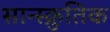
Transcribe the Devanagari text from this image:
सान्स्क्रुतिक